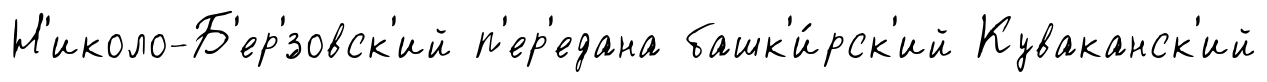
Н'иколо-Б'ер'́зовск'ий п'ер'едана башк'и́рск'ий Куваканск'ий